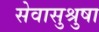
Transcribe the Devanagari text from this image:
सेवासुश्रुषा